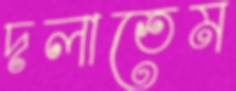
দলাতেম